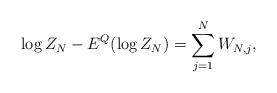
LaTeX: \begin{align*} \log Z_N - E^Q(\log Z_N) = \sum_{j=1}^N W_{N,j}, \end{align*}